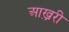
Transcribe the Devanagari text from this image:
आख़्ररी